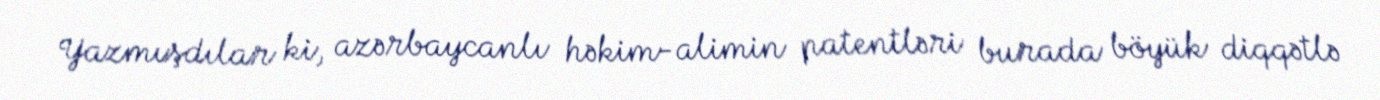
Yazmışdılar ki, azərbaycanlı həkim-alimin patentləri burada böyük diqqətlə